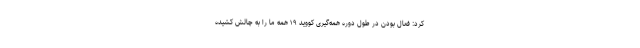
کرد: فعال بودن در طول دوره همه‌گیری کووید ۱۹ همه ما را به چالش کشیده